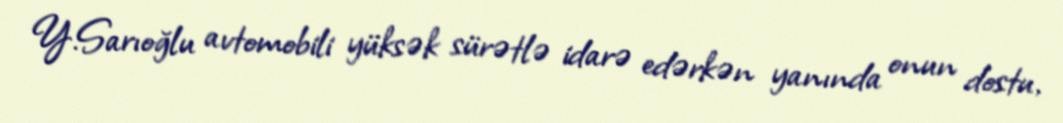
Y.Sarıoğlu avtomobili yüksək sürətlə idarə edərkən yanında onun dostu,